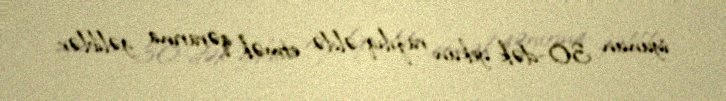
iyunun 30-dək yekun razılıq əldə etmək qərarına gəliblər.